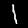
Label: 1